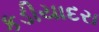
કડીયાદરા